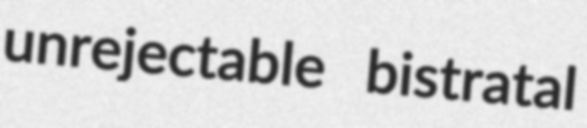
unrejectable bistratal